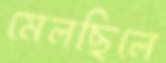
মেলছিলে